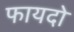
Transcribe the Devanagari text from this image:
फायदो